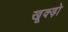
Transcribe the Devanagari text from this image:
खूक्ड़ो